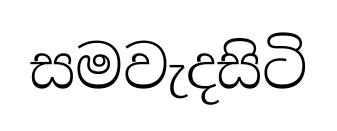
සමවැදසිටි